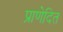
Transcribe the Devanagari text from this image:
प्राणेदित